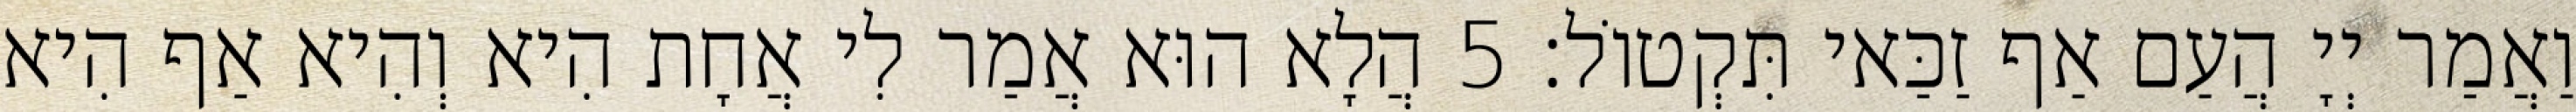
וַאֲמַר יְיָ הֲעַם אַף זַכַּאי תִּקְטוֹל׃ 5 הֲלָא הוּא אֲמַר לִי אֲחָת הִיא וְהִיא אַף הִיא